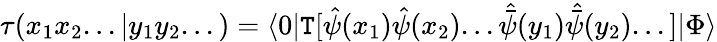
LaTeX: \tau(x_{1}x_{2}...|y_{1}y_{2}...)=\langle0|\mathtt{T}[{\hat{{\psi}}}(x_{1}){\hat{{\psi}}}(x_{2})...{\hat{{\bar{{\psi}}}}}(y_{1}){\hat{{\bar{{\psi}}}}}(y_{2})...]|\Phi\rangle